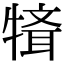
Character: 𤛄